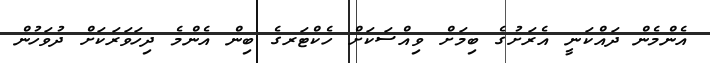
އެންމެން ދައްކަނީ އެރަށުގެ ބިމަށް ވިއްސަކަށް ހެކްޓަރގެ ބިން އެންމެ ދިހަވަރަކަށް ދުވަހުން